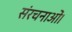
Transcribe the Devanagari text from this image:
संरचनाओं।